Civil Veterinary Dept. Assam report 1911-1927 - 1911-1927
Year: 1911
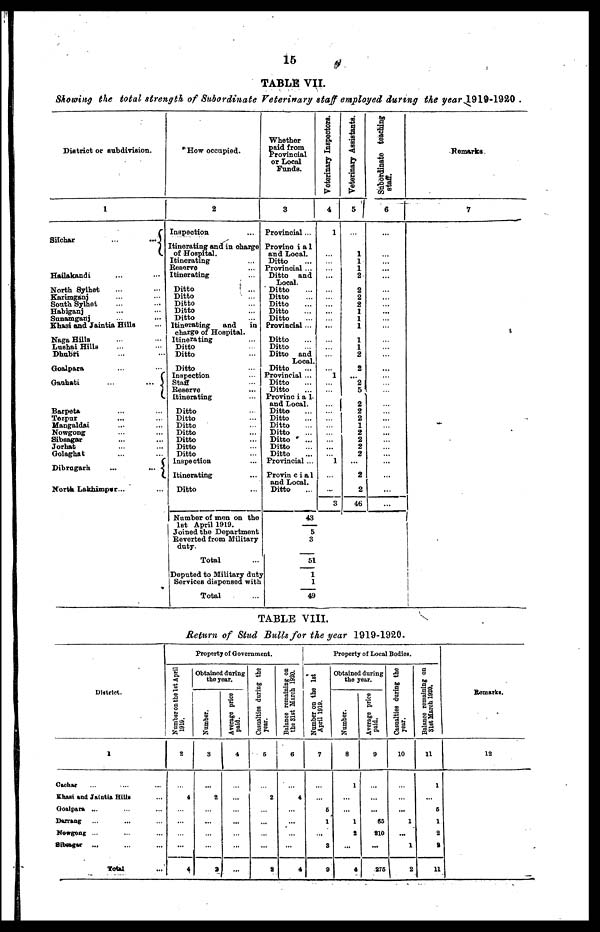
16
TABLE VII.
Showing the total strength of Subordinate Veterinary staff employed during the year 1919-1920 .
District or subdivision.
1
Silchar
...
...
Hailakandi
North Sylhet
Karimganj
South Sylhet
Habiganj
Sunamganj
Khasi and Jaintia Hills
NagaHills
Lushai Hills
Dhubri
Goalpara ... ...
Guhati
...
...
Barpeta
Tezpur
Mangaldai
Nowgong
Sibsagar
Jorhat
Golaghat
Dibrugarh
...
...
North Lakhimpur...
How occupied.
2
Inspection
Itinerating and in charge
of Hospital.
Itinerating
Reserve
Itinerating
Ditto
Ditto
Ditto
Ditto
Ditto
Itinerating
and
in
charge of Hospital.
Itinerating
Ditto
Ditto
Ditto
Inspection
Staff
Reserve
Itinerating
Ditto
Ditto
Ditto
Ditto
Ditto
Ditto
Ditto
Inspection
Itinerating
Ditto
Number of men on the
1st April 1919.
Joined the Department
Reverted from Military-
duty.
Total
Deputed to Military duty
Services dispensed with
Total
Whether
paid from
Provincial
or Local
Funds.
3
Provincial...
Provinoia1
and Local.
Ditto
Provincial ...
Ditto
and
Local.
Ditto
Ditto
Ditto
Ditto
Ditto
Provincial...
Ditto
Ditto
Ditto
and
Local.
Ditto
Provincial ...
Ditto
Ditto
Provinc i a 1-
and Local.
Ditto
Ditto
Ditto
Ditto
Ditto
Ditto
Ditto
Provincial ...
Provincial
and Local.
Ditto
43
5
3
51
1
1
49
Veterinary Inspectors.
4
1
...
1
1
...
3
Veterinary Assistants.
5
1
1
1
2
2
2
2
1
1
1
1
1
2
2
... 2
5
2
2
2
1
2
2
2
2
...
2
2
46
Subordinate teaching
staff.
6
...
...
Remarks
7
TABLE VIII.
Return of Stud Bulls for the year 1919-1920.
District.
1
Cachtar
Khasi and Jaintia Hills
Goalpara ...
Darrang
Nowgong ...
Sibsagar
...
Total
Property of Government.
Number on the 1st April
1919.
2
4
...
4
Obtained daring
the year.
Number.
3
2
...
a
Average price
paid.
4
...
Casualties during the
year.
5
2
...
a
Balance remaining on
the 31st March 1920.
6
4
...
4
Property of Local Bodies.
Number on the 1st
April 1919.
7
6
1
...
3
9
Obtained during
the year.
Number.
8
1
...
1
2
...
4
Average price
paid.
9
65
910
...
275
Casualties during the
year.
10
...
...
1
...
1
2
Balance remaining on
31st March 1920.
11
1
5
1
2
2
11
Remarks.
12